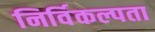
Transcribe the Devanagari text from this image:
निर्विकल्पता